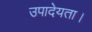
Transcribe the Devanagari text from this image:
उपादेयता।